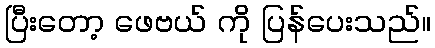
ပြီးတော့ ဖေဗယ် ကို ပြန်ပေးသည်။